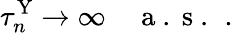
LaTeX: \tau_{n}^{\mathrm{Y}}\to\infty\quad\mathrm{~a~.~s~.~}\, .